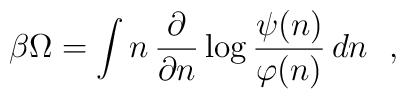
\beta\Omega=\int n \, \frac{\partial}{\partial n}\log\frac{\psi(n)}{\varphi(n)} \, dn \ \ ,